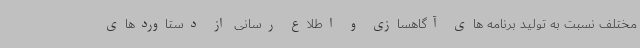
مختلف نسبت به تولید برنامه های آگاهسازی و اطلاع رسانی از دستاوردهای